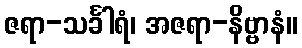
ဇရာ-သင်္ခါရံ၊ အဇရာ-နိဗ္ဗာနံ။